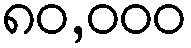
၈၀,၀၀၀